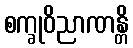
စက္ခုဝိညာဏန္တိ